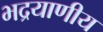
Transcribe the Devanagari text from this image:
भद्रयाणीय